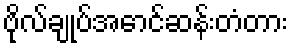
ဗိုလ်ချုပ်အောင်ဆန်းတံတား